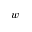
w